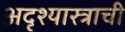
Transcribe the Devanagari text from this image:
अदृश्यास्त्राची